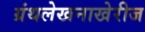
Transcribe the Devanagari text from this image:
ग्रंथलेखनाखेरीज